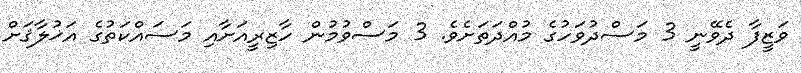
ވަޒީފާ ދެވޭނީ 3 މަސްދުވަހުގެ މުއްދަތަށެވެ. 3 މަސްވުމުން ހާޒިރީއަށާއި މަސައްކަތުގެ އަޚުލާޤަށް